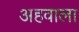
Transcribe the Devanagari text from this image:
अहवाला